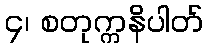
၄၊ စတုက္ကနိပါတ်